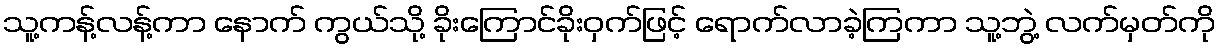
သူ့ကန့်လန့်ကာ နောက် ကွယ်သို့ ခိုးကြောင်ခိုးဝှက်ဖြင့် ရောက်လာခဲ့ကြကာ သူ့ဘွဲ့ လက်မှတ်ကို